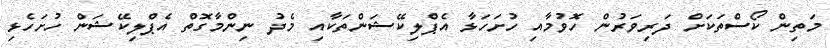
މަތިން ކޯސްތަކަށް ދަރިވަރުން ހޮވުމާއި ހުށަހަޅާ އެޕްލިކޭޝަންތަކާއި މެދު ނިންމާގޮތް އެޕްލިކޭޝަން ހުށަހެޅި